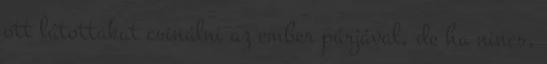
ott látottakat csinálni az ember párjával, de ha nincs,